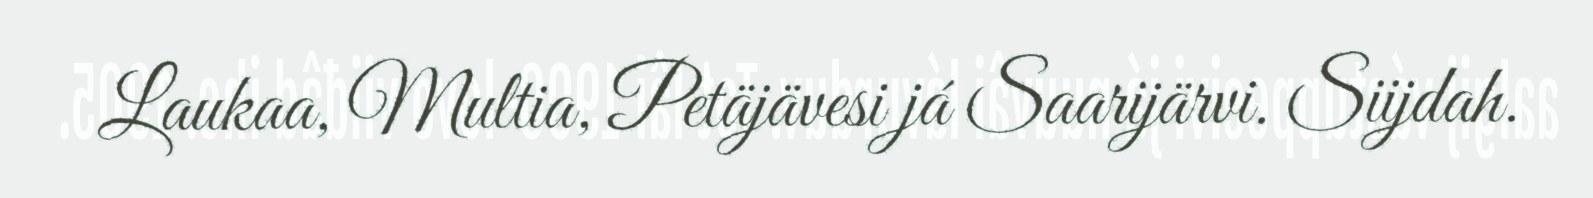
Laukaa, Multia, Petäjävesi já Saarijärvi. Siijdah.